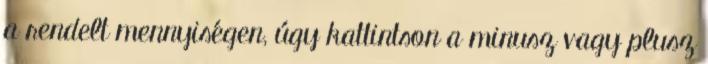
a rendelt mennyiségen, úgy kattintson a minusz vagy plusz